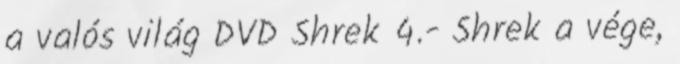
a valós világ DVD Shrek 4.- Shrek a vége,